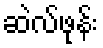
ဆဲလ်ဖုန်း